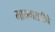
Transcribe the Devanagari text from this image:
मायमराठीचे